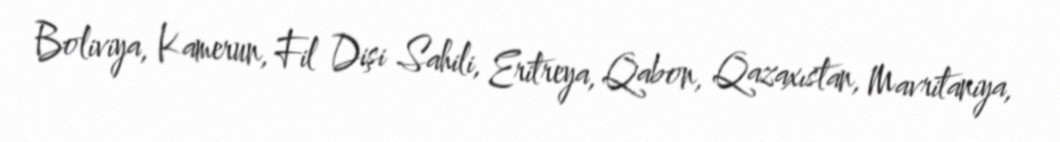
Boliviya, Kamerun, Fil Dişi Sahili, Eritreya, Qabon, Qazaxıstan, Mavritaniya,